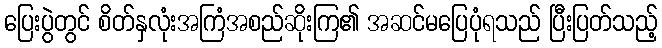
ပြေးပွဲတွင် စိတ်နှလုံးအကြံအစည်ဆိုးကြ၏ အဆင်မပြေပုံရသည် ပြီးပြတ်သည့်